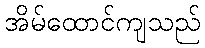
အိမ်ထောင်ကျသည်